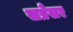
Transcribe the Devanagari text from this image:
सप्रेसर